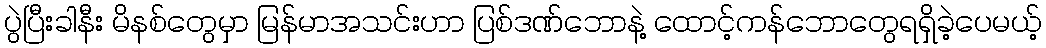
ပွဲပြီးခါနီး မိနစ်တွေမှာ မြန်မာအသင်းဟာ ပြစ်ဒဏ်ဘောနဲ့ ထောင့်ကန်ဘောတွေရရှိခဲ့ပေမယ့်